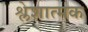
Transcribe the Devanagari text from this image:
श्लेशात्मक